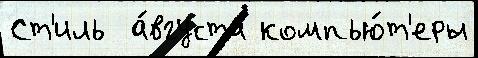
Ст'иль  а́вгуста компью́т'еры